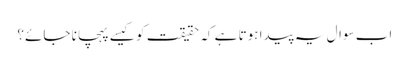
اب سوال یہ پیدا ہوتا ہے کہ حقیقت کو کیسے پہچانا جائے؟